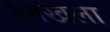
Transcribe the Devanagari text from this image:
श्र्र्नखला